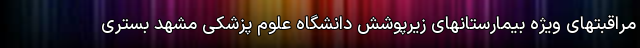
مراقبتهای ویژه بیمارستانهای زیرپوشش دانشگاه علوم پزشکی مشهد بستری